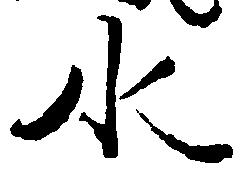
水